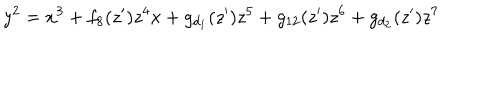
y ^ { 2 } = x ^ { 3 } + f _ { 8 } ( z ^ { \prime } ) z ^ { 4 } x + g _ { d _ { 1 } } ( z ^ { \prime } ) z ^ { 5 } + g _ { 1 2 } ( z ^ { \prime } ) z ^ { 6 } + g _ { d _ { 2 } } ( z ^ { \prime } ) z ^ { 7 }